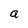
Character: a